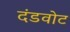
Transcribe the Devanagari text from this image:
दंडवोट